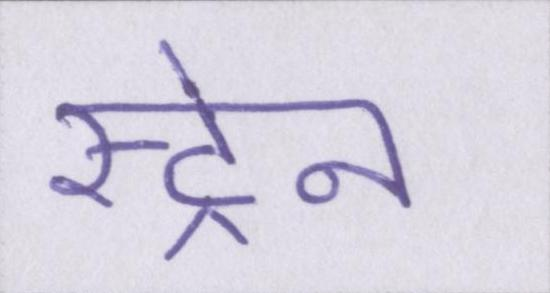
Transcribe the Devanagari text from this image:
स्ट्रेन